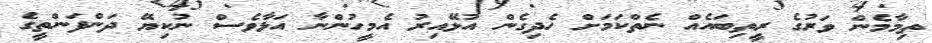
ތިމާމެން ވަރުގެ ރީތިބައެއް ނެތްކަމަށް ހެދިގެން އުޅޭއިރު އެމީހުންނާ އަޅާވެސް ނުކިޔޭ ދަންފަންތީގެ